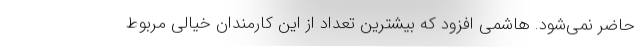
حاضر نمی‌شود. هاشمی افزود که بیشترین تعداد از این کارمندان خیالی مربوط